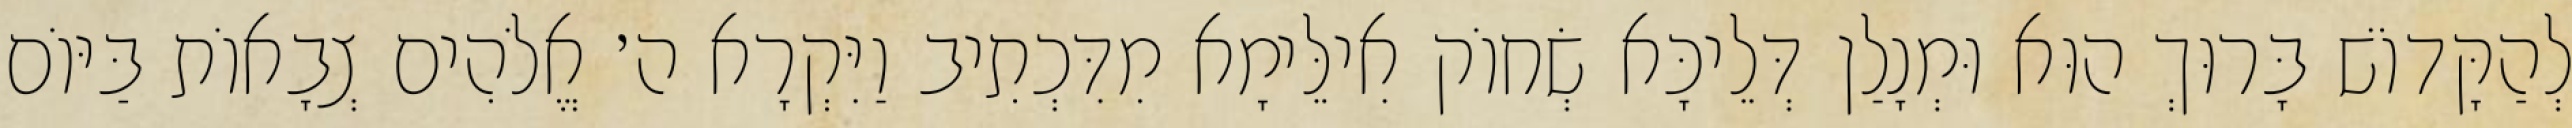
לְהַקָּדוֹשׁ בָּרוּךְ הוּא וּמְנָלַן דְּלֵיכָּא שְׂחוֹק אִילֵּימָא מִדִּכְתִיב וַיִּקְרָא ה׳ אֱלֹהִים צְבָאוֹת בַּיּוֹם